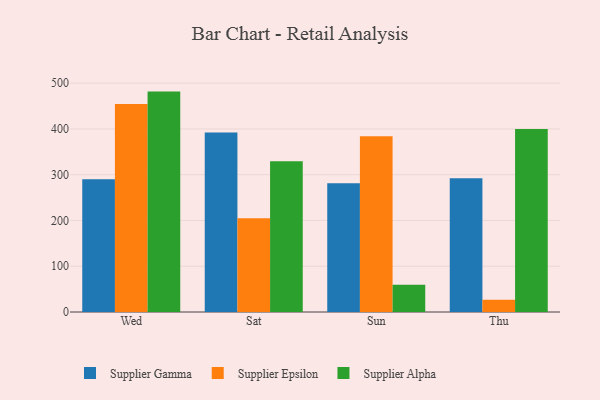
{"axis": {"x": "Day", "y": "Bounce Rate (%)"}, "legend": ["Supplier Alpha", "Supplier Epsilon", "Supplier Gamma"], "data": [{"x": "Wed", "y": 289.9, "type": "Supplier Gamma"}, {"x": "Wed", "y": 454.3, "type": "Supplier Epsilon"}, {"x": "Wed", "y": 481.6, "type": "Supplier Alpha"}, {"x": "Sat", "y": 392.4, "type": "Supplier Gamma"}, {"x": "Sat", "y": 205.0, "type": "Supplier Epsilon"}, {"x": "Sat", "y": 329.6, "type": "Supplier Alpha"}, {"x": "Sun", "y": 281.1, "type": "Supplier Gamma"}, {"x": "Sun", "y": 383.8, "type": "Supplier Epsilon"}, {"x": "Sun", "y": 59.6, "type": "Supplier Alpha"}, {"x": "Thu", "y": 292.4, "type": "Supplier Gamma"}, {"x": "Thu", "y": 26.9, "type": "Supplier Epsilon"}, {"x": "Thu", "y": 399.8, "type": "Supplier Alpha"}]}